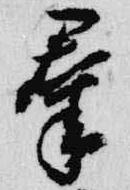
羣